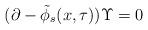
LaTeX: \begin{align*} (\partial- \tilde{\phi}_s (x , \tau ))\Upsilon=0 \end{align*}